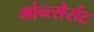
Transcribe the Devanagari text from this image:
मोन्त्सेर्राट